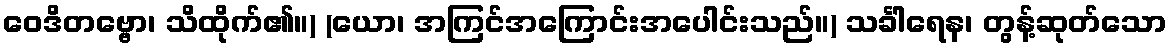
ဝေဒိတဗ္ဗော၊ သိထိုက်၏။) (ယော၊ အကြင်အကြောင်းအပေါင်းသည်။) သင်္ခါရေန၊ တွန့်ဆုတ်သော